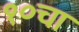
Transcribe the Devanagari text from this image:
१०चा